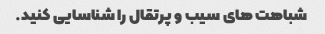
شباهت های سیب و پرتقال را شناسایی کنید.